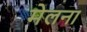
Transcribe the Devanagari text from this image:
मेलना